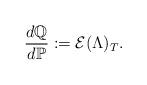
LaTeX: \begin{align*}\frac{d\mathbb{Q}}{d\mathbb{P}}: = \mathcal{E} ( \Lambda)_T.\end{align*}